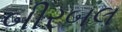
બીરબલ